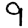
Digit: 9